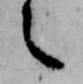
之